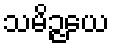
သမိဉ္ဇယေ